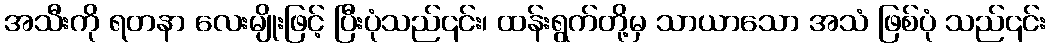
အသီးကို ရတနာ လေးမျိုးဖြင့် ပြီးပုံသည်၎င်း၊ ထန်းရွက်တို့မှ သာယာသော အသံ ဖြစ်ပုံ သည်၎င်း